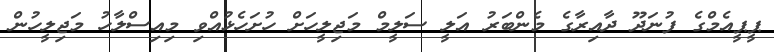
ޕީޕީއެމްގެ ފުނަދޫ ދާއިރާގެ މެންބަރު އަލީ ސަލީމް މަޖިލީހަށް ހުށަހެޅުއްވި މިއިސްލާހު މަޖިލީހުން